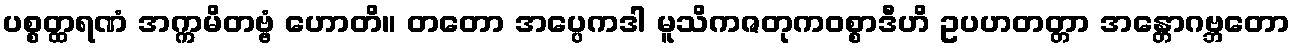
ပစ္စတ္ထရဏံ အက္ကမိတဗ္ဗံ ဟောတိ။ တတော အပ္ပေကဒါ မူသိကဇတုကဝစ္စာဒီဟိ ဥပဟတတ္တာ အန္တောဂဗ္ဘတော